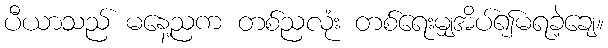
ပီယာသည် မနေ့ညက တစ်ညလုံး တစ်ရေးမျှအိပ်၍မရခဲ့ချေ။